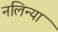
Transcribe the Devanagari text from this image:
नलिन्या